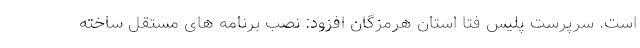
است. سرپرست پلیس فتا استان هرمزگان افزود: نصب برنامه های مستقل ساخته